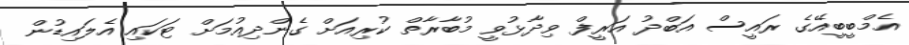
އެމްބީބީއޭގެ ރައީސް އަބްދު އަރީފް ވިދާޅުވީ މުބާރާތް ކުރިއަށް ގެންދިއުމަށް ޓަކައި އެލައިޑުން